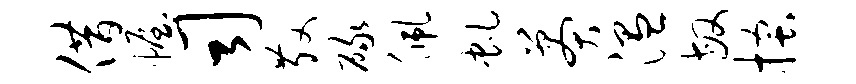
借幄司散碌佩虬莽温敏搔